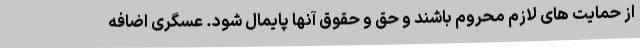
از حمایت های لازم محروم باشند و حق و حقوق آنها پایمال شود. عسگری اضافه